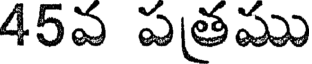
45వ పత్రము